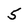
Character: 5